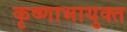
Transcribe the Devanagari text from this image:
कृष्णाभायुक्त